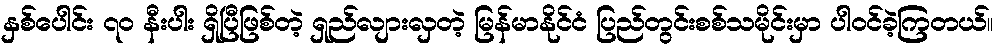
နှစ်ပေါင်း ၇၀ နီးပါး ရှိပြီဖြစ်တဲ့ ရှည်လျားလှတဲ့ မြန်မာနိုင်ငံ ပြည်တွင်းစစ်သမိုင်းမှာ ပါဝင်ခဲ့ကြတယ်။